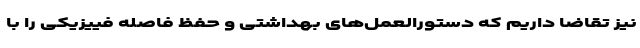
نیز تقاضا داریم که دستورالعمل‌های بهداشتی و حفظ فاصله فییزیکی را با